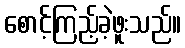
စောင့်ကြည့်ခဲ့ဖူးသည်။